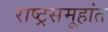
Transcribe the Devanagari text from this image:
राष्ट्रसमूहांत